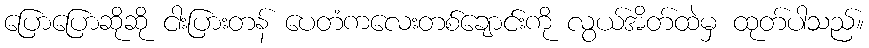
ပြောပြောဆိုဆို ငါးပြားတန် ပေတံကလေးတစ်ချောင်းကို လွယ်အိတ်ထဲမှ ထုတ်ပါသည်။